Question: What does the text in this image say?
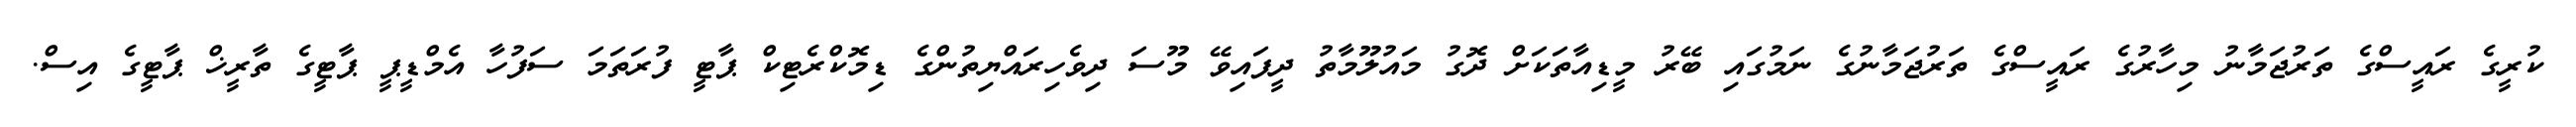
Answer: ކުރީގެ ރައީސްގެ ތަރުޖަމާނު މިހާރުގެ ރައީސްގެ ތަރުޖަމާނުގެ ނަމުގައި ބޭރު މީޑިއާތަކަށް ދޮގު މައުލޫމާތު ދީފައިވޭ މޫސަ ދިވެހިރައްޔިތުންގެ ޑިމޮކްރެޓިކް ޕާޓީ ފުރަތަމަ ސަފުހާ އެމްޑީޕީ ޕާޓީގެ ތާރީޚް ޕާޓީގެ އިސް.